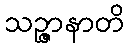
သဉ္ဇာနာတိ